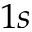
1 s